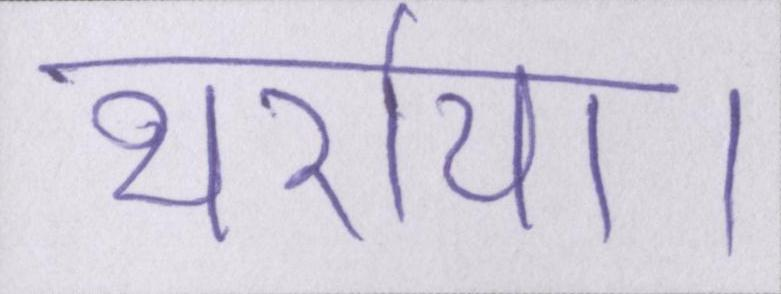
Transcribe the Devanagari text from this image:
थर्राया।